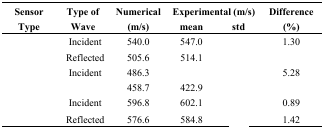
<table><thead><tr><td rowspan="2"><b>Sensor Type</b></td><td rowspan="2"><b>Type of Wave</b></td><td rowspan="2"><b>Numerical (m/s)</b></td><td colspan="2"><b>Experimental (m/s)</b></td><td rowspan="2"><b>Difference (%)</b></td></tr><tr><td><b>mean</b></td><td><b>std</b></td></tr></thead><tbody><tr><td rowspan="2">[EMPTY_CELL]</td><td>Incident</td><td>540.0</td><td>547.0</td><td>[EMPTY_CELL]</td><td>1.30</td></tr><tr><td>Reflected</td><td>505.6</td><td>514.1</td><td>[EMPTY_CELL]</td><td>[EMPTY_CELL]</td></tr><tr><td rowspan="2">[EMPTY_CELL]</td><td>Incident</td><td>486.3</td><td>[EMPTY_CELL]</td><td>[EMPTY_CELL]</td><td>5.28</td></tr><tr><td>[EMPTY_CELL]</td><td>458.7</td><td>422.9</td><td>[EMPTY_CELL]</td><td>[EMPTY_CELL]</td></tr><tr><td rowspan="2">[EMPTY_CELL]</td><td>Incident</td><td>596.8</td><td>602.1</td><td>[EMPTY_CELL]</td><td>0.89</td></tr><tr><td>Reflected</td><td>576.6</td><td>584.8</td><td>[EMPTY_CELL]</td><td>1.42</td></tr></tbody></table>